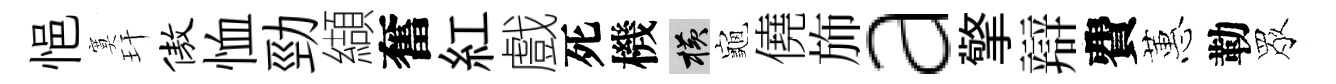
悒寞玕傲恤勁纈奮紅戲死機横龜僥斾a擎辯費蕙勒眾